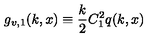
g _ { v , 1 } ( k , x ) \equiv \frac { k } { 2 } C _ { 1 } ^ { 2 } q ( k , x )